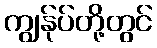
ကျွန်ုပ်တို့တွင်